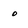
Character: o